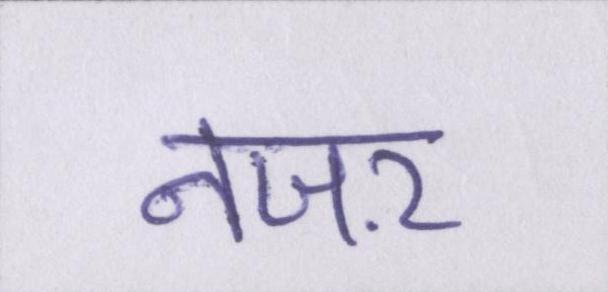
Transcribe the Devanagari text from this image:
नजऱ